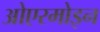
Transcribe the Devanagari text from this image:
ओएरमोइन